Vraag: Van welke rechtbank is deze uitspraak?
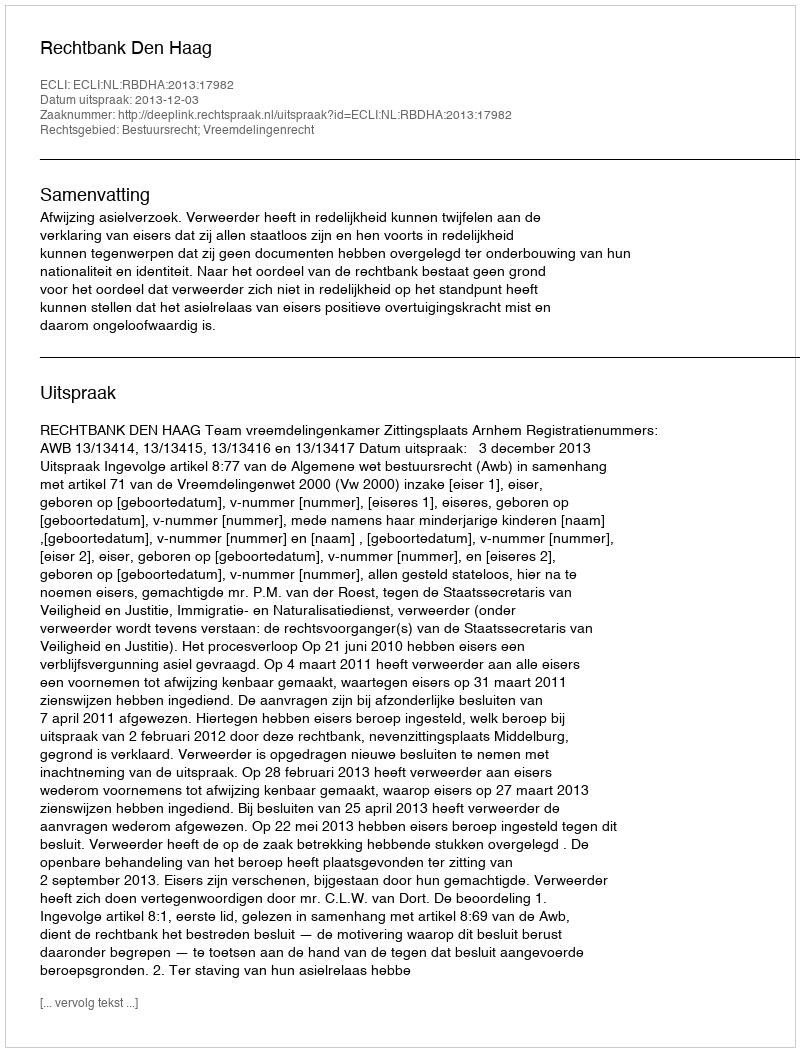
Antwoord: Rechtbank Den Haag